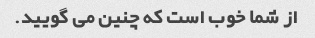
از شما خوب است که چنین می گویید.